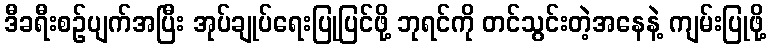
ဒီခရီးစဉ်ပျက်အပြီး အုပ်ချုပ်ရေးပြုပြင်ဖို့ ဘုရင်ကို တင်သွင်းတဲ့အနေနဲ့ ကျမ်းပြုဖို့